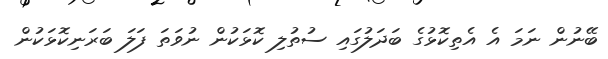
ބޭނުން ނަމަ އެ އެތިކޮޅުގެ ބަދަލުގައި ސުތުލި ކޮޅަކުން ނުވަތަ ފަލަ ބަރަނިކޮޅަކުން